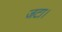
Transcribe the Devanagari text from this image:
जटा।